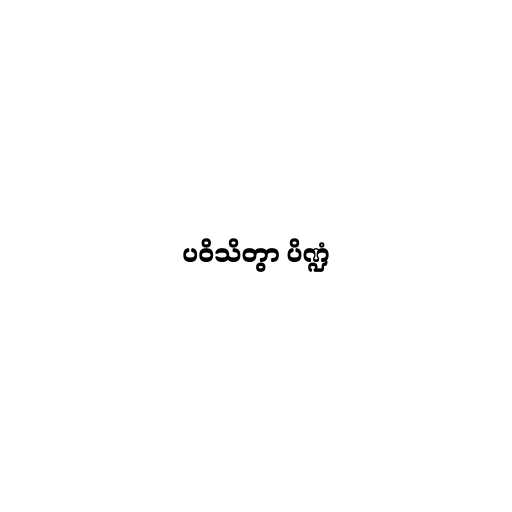
ပဝိသိတွာ ပိဏ္ဍံ